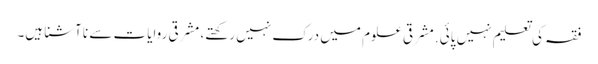
فقہ کی تعلیم نہیں پائی. مشرقی علوم میں درک نہیں رکھتے، مشرقی روایات سے نا آشنا ہیں۔